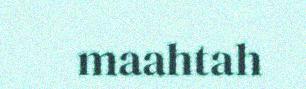
maahtah